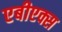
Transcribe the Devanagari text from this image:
एबीएक्स